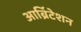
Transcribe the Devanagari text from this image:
आर्ब्रिटेशन